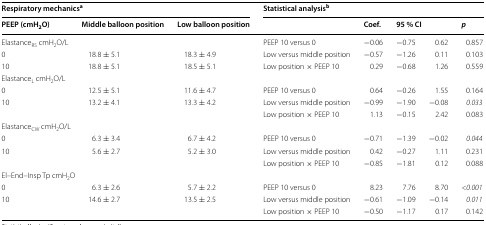
<table><thead><tr><td colspan="3"><b>Respiratory mechanics<sup>a</sup></b></td><td colspan="5"><b>Statistical analysis<sup>b</sup></b></td></tr><tr><td><b>PEEP (cmH<sub>2</sub>O)</b></td><td><b>Middle balloon position</b></td><td><b>Low balloon position</b></td><td></td><td><b>Coef.</b></td><td colspan="2"><b>95 % CI</b></td><td><b><i>p</i></b></td></tr></thead><tbody><tr><td>Elastance<sub>RS</sub> cmH<sub>2</sub>O/L</td><td></td><td></td><td>PEEP 10 versus 0</td><td>−0.06</td><td>−0.75</td><td>0.62</td><td>0.857</td></tr><tr><td>0</td><td>18.8 ± 5.1</td><td>18.3 ± 4.9</td><td>Low versus middle position</td><td>−0.57</td><td>−1.26</td><td>0.11</td><td>0.103</td></tr><tr><td>10</td><td>18.8 ± 5.1</td><td>18.5 ± 5.1</td><td>Low position × PEEP 10</td><td>0.29</td><td>−0.68</td><td>1.26</td><td>0.559</td></tr><tr><td colspan="3">Elastance<sub>L</sub> cmH<sub>2</sub>O/L</td><td></td><td></td><td></td><td></td><td></td></tr><tr><td>0</td><td>12.5 ± 5.1</td><td>11.6 ± 4.7</td><td>PEEP 10 versus 0</td><td>0.64</td><td>−0.26</td><td>1.55</td><td>0.164</td></tr><tr><td>10</td><td>13.2 ± 4.1</td><td>13.3 ± 4.2</td><td>Low versus middle position</td><td>−0.99</td><td>−1.90</td><td>−0.08</td><td><i>0.033</i></td></tr><tr><td></td><td></td><td></td><td>Low position × PEEP 10</td><td>1.13</td><td>−0.15</td><td>2.42</td><td>0.083</td></tr><tr><td colspan="3">Elastance<sub>CW</sub> cmH<sub>2</sub>O/L</td><td></td><td></td><td></td><td></td><td></td></tr><tr><td>0</td><td>6.3 ± 3.4</td><td>6.7 ± 4.2</td><td>PEEP 10 versus 0</td><td>−0.71</td><td>−1.39</td><td>−0.02</td><td><i>0.044</i></td></tr><tr><td>10</td><td>5.6 ± 2.7</td><td>5.2 ± 3.0</td><td>Low versus middle position</td><td>0.42</td><td>−0.27</td><td>1.11</td><td>0.231</td></tr><tr><td></td><td></td><td></td><td>Low position × PEEP 10</td><td>−0.85</td><td>−1.81</td><td>0.12</td><td>0.088</td></tr><tr><td colspan="3">El–End–Insp Tp cmH<sub>2</sub>O</td><td></td><td></td><td></td><td></td><td></td></tr><tr><td>0</td><td>6.3 ± 2.6</td><td>5.7 ± 2.2</td><td>PEEP 10 versus 0</td><td>8.23</td><td>7.76</td><td>8.70</td><td><i>&lt;0.001</i></td></tr><tr><td>10</td><td>14.6 ± 2.7</td><td>13.5 ± 2.5</td><td>Low versus middle position</td><td>−0.61</td><td>−1.09</td><td>−0.14</td><td><i>0.011</i></td></tr><tr><td></td><td></td><td></td><td>Low position × PEEP 10</td><td>−0.50</td><td>−1.17</td><td>0.17</td><td>0.142</td></tr></tbody></table>